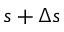
s + \Delta s